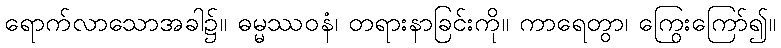
ရောက်လာသောအခါ၌။ ဓမ္မဿဝနံ၊ တရားနာခြင်းကို။ ကာရေတွာ၊ ကြွေးကြော်၍။